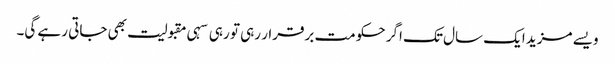
ویسے مزید ایک سال تک اگر حکومت برقرار رہی تو رہی سہی مقبولیت بھی جاتی رہے گی۔